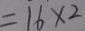
= 1 6 \times 2